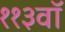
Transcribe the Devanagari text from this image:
११३वॉ